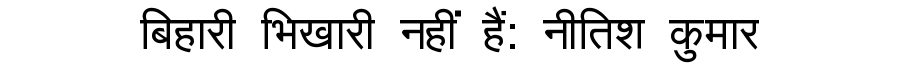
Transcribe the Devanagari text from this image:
बिहारी भिखारी नहीं हैं: नीतिश कुमार